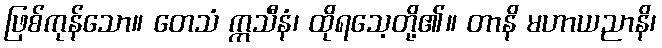
ဖြစ်ကုန်သော။ တေသံ ဣသီနံ၊ ထိုရသေ့တို့၏။ တာနိ မဟာယညာနိ၊